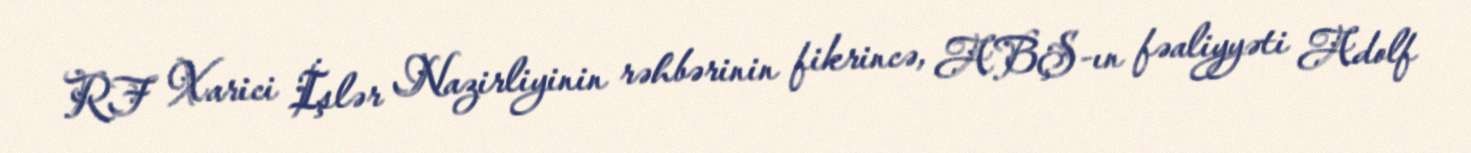
RF Xarici İşlər Nazirliyinin rəhbərinin fikrincə, ABŞ-ın fəaliyyəti Adolf